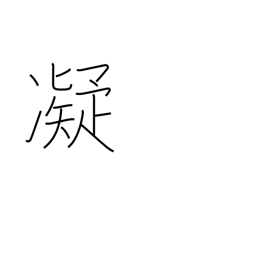
Meaning: stiff